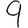
Digit: 9